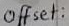
Text: Offset